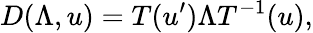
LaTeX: D(\Lambda,u)=T(u^{\prime})\Lambda T^{-1}(u),